Source: Handwritten
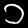
Digit: ၁ (1)